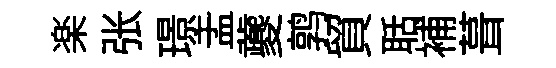
楽张璟盂夔鹑貿聒補葺